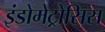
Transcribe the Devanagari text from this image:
इंडोमेट्रोसिस